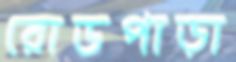
রোডপাড়া